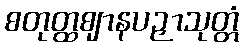
စတုတ္ထဈာနပဉှာသုတ္တံ